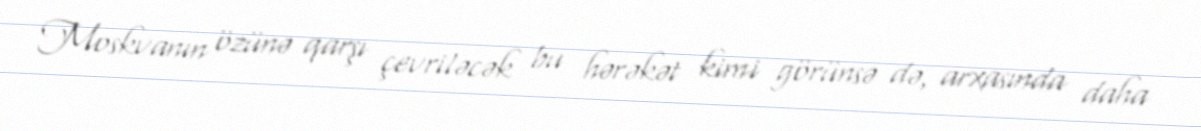
Moskvanın özünə qarşı çevriləcək bu hərəkət kimi görünsə də, arxasında daha